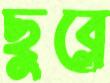
ছুব্‌লে